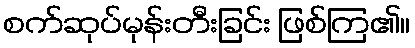
စက်ဆုပ်မုန်းတီးခြင်း ဖြစ်ကြ၏။